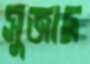
সুজাদ